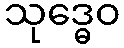
သုဒ္ဓေဝ